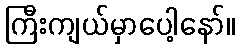
ကြီးကျယ်မှာပေါ့နော်။